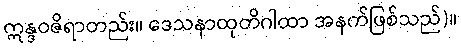
ဣန္ဒဝဇိရာတည်း။ ဒေသနာထုတိဂါထာ အနက်ဖြစ်သည်)။